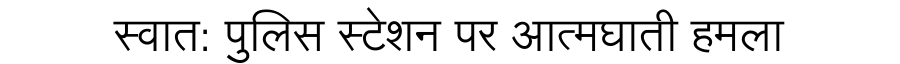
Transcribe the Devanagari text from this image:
स्वात: पुलिस स्टेशन पर आत्मघाती हमला